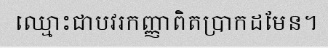
ឈ្មោះជាបវរកញ្ញាពិតប្រាកដមែន។